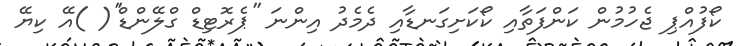
ކޯފުއްޕި ޖެހުމުން ކަންފަތާއި ކޯކަށިގަނޑާއި ދެމެދު އިންނަ ''ޕެރޮޓިޑް ގްލޭންޑް''( )އޭ ކިޔޭ